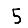
Digit: 5